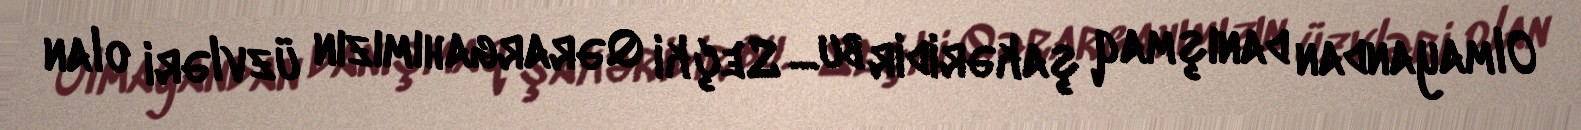
Olmayandan danışmaq şakəridir bu... Seçki Qərargahımızın üzvləri olan